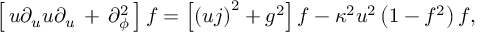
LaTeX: \left[ \, u \partial _ { u } u \partial _ { u } \, + \, \partial _ { \phi } ^ { 2 } \, \right] f = \left[ \left( u j \right) ^ { 2 } + g ^ { 2 } \right] f - \kappa ^ { 2 } u ^ { 2 } \left( 1 - f ^ { 2 } \right) f ,